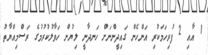
1 އާއި 2 ފުރިހަމަކުރި އަންހެން ގައިދީންނަށް ހަނދާނީ ލިޔުން ހަވާލުކުރުމުގެ ރަސްމިއްޔާތު